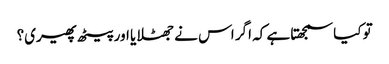
تو کیا سمجھتا ہے کہ اگر اس نے جھٹلایا اور پیٹھ پھیری؟